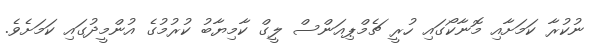
ނުކުރާ ކަމަށާއި މޮނާކޯގައި ހުރީ ޗެމްޕިއަންސް ލީގް ކާމިޔާބު ކުރުމުގެ އުންމީދުގައި ކަމަށެވެ.